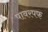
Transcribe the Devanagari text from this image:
पावरपफ